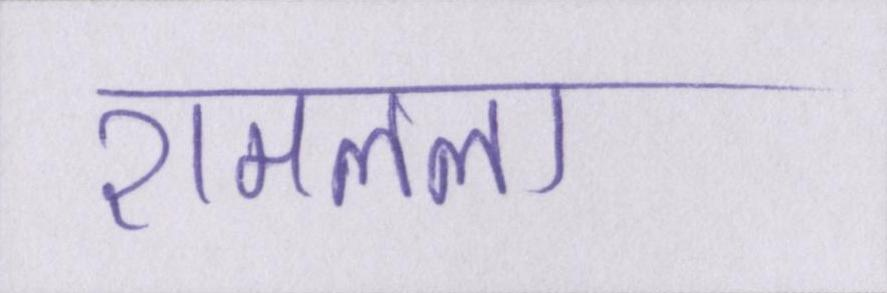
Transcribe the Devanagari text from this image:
रामलला